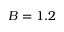
B = 1 . 2